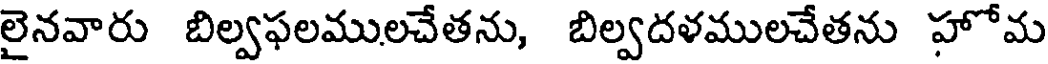
లైనవారు బిల్వఫలములచేతను, బిల్వదళములచేతను హోమ